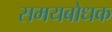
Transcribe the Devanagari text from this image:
समयबोधक